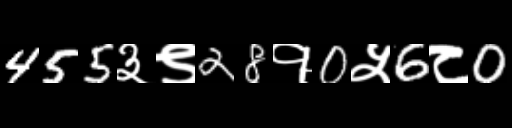
Text: 455३९28१0५6८0